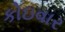
કોઇવાર